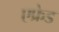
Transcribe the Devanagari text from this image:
एफ्रेड